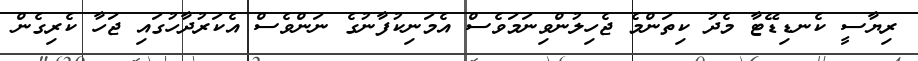
ރިޔާސީ ކެނޑިޑޭޓާ މެދު ކިތަންމެ ޖެހިލުންވިނަމަވެސް އެމަނިކުފާނުގެ ނަންވެސް އެކަރުދާހުގައި ޖަހާ ކެރިގެން